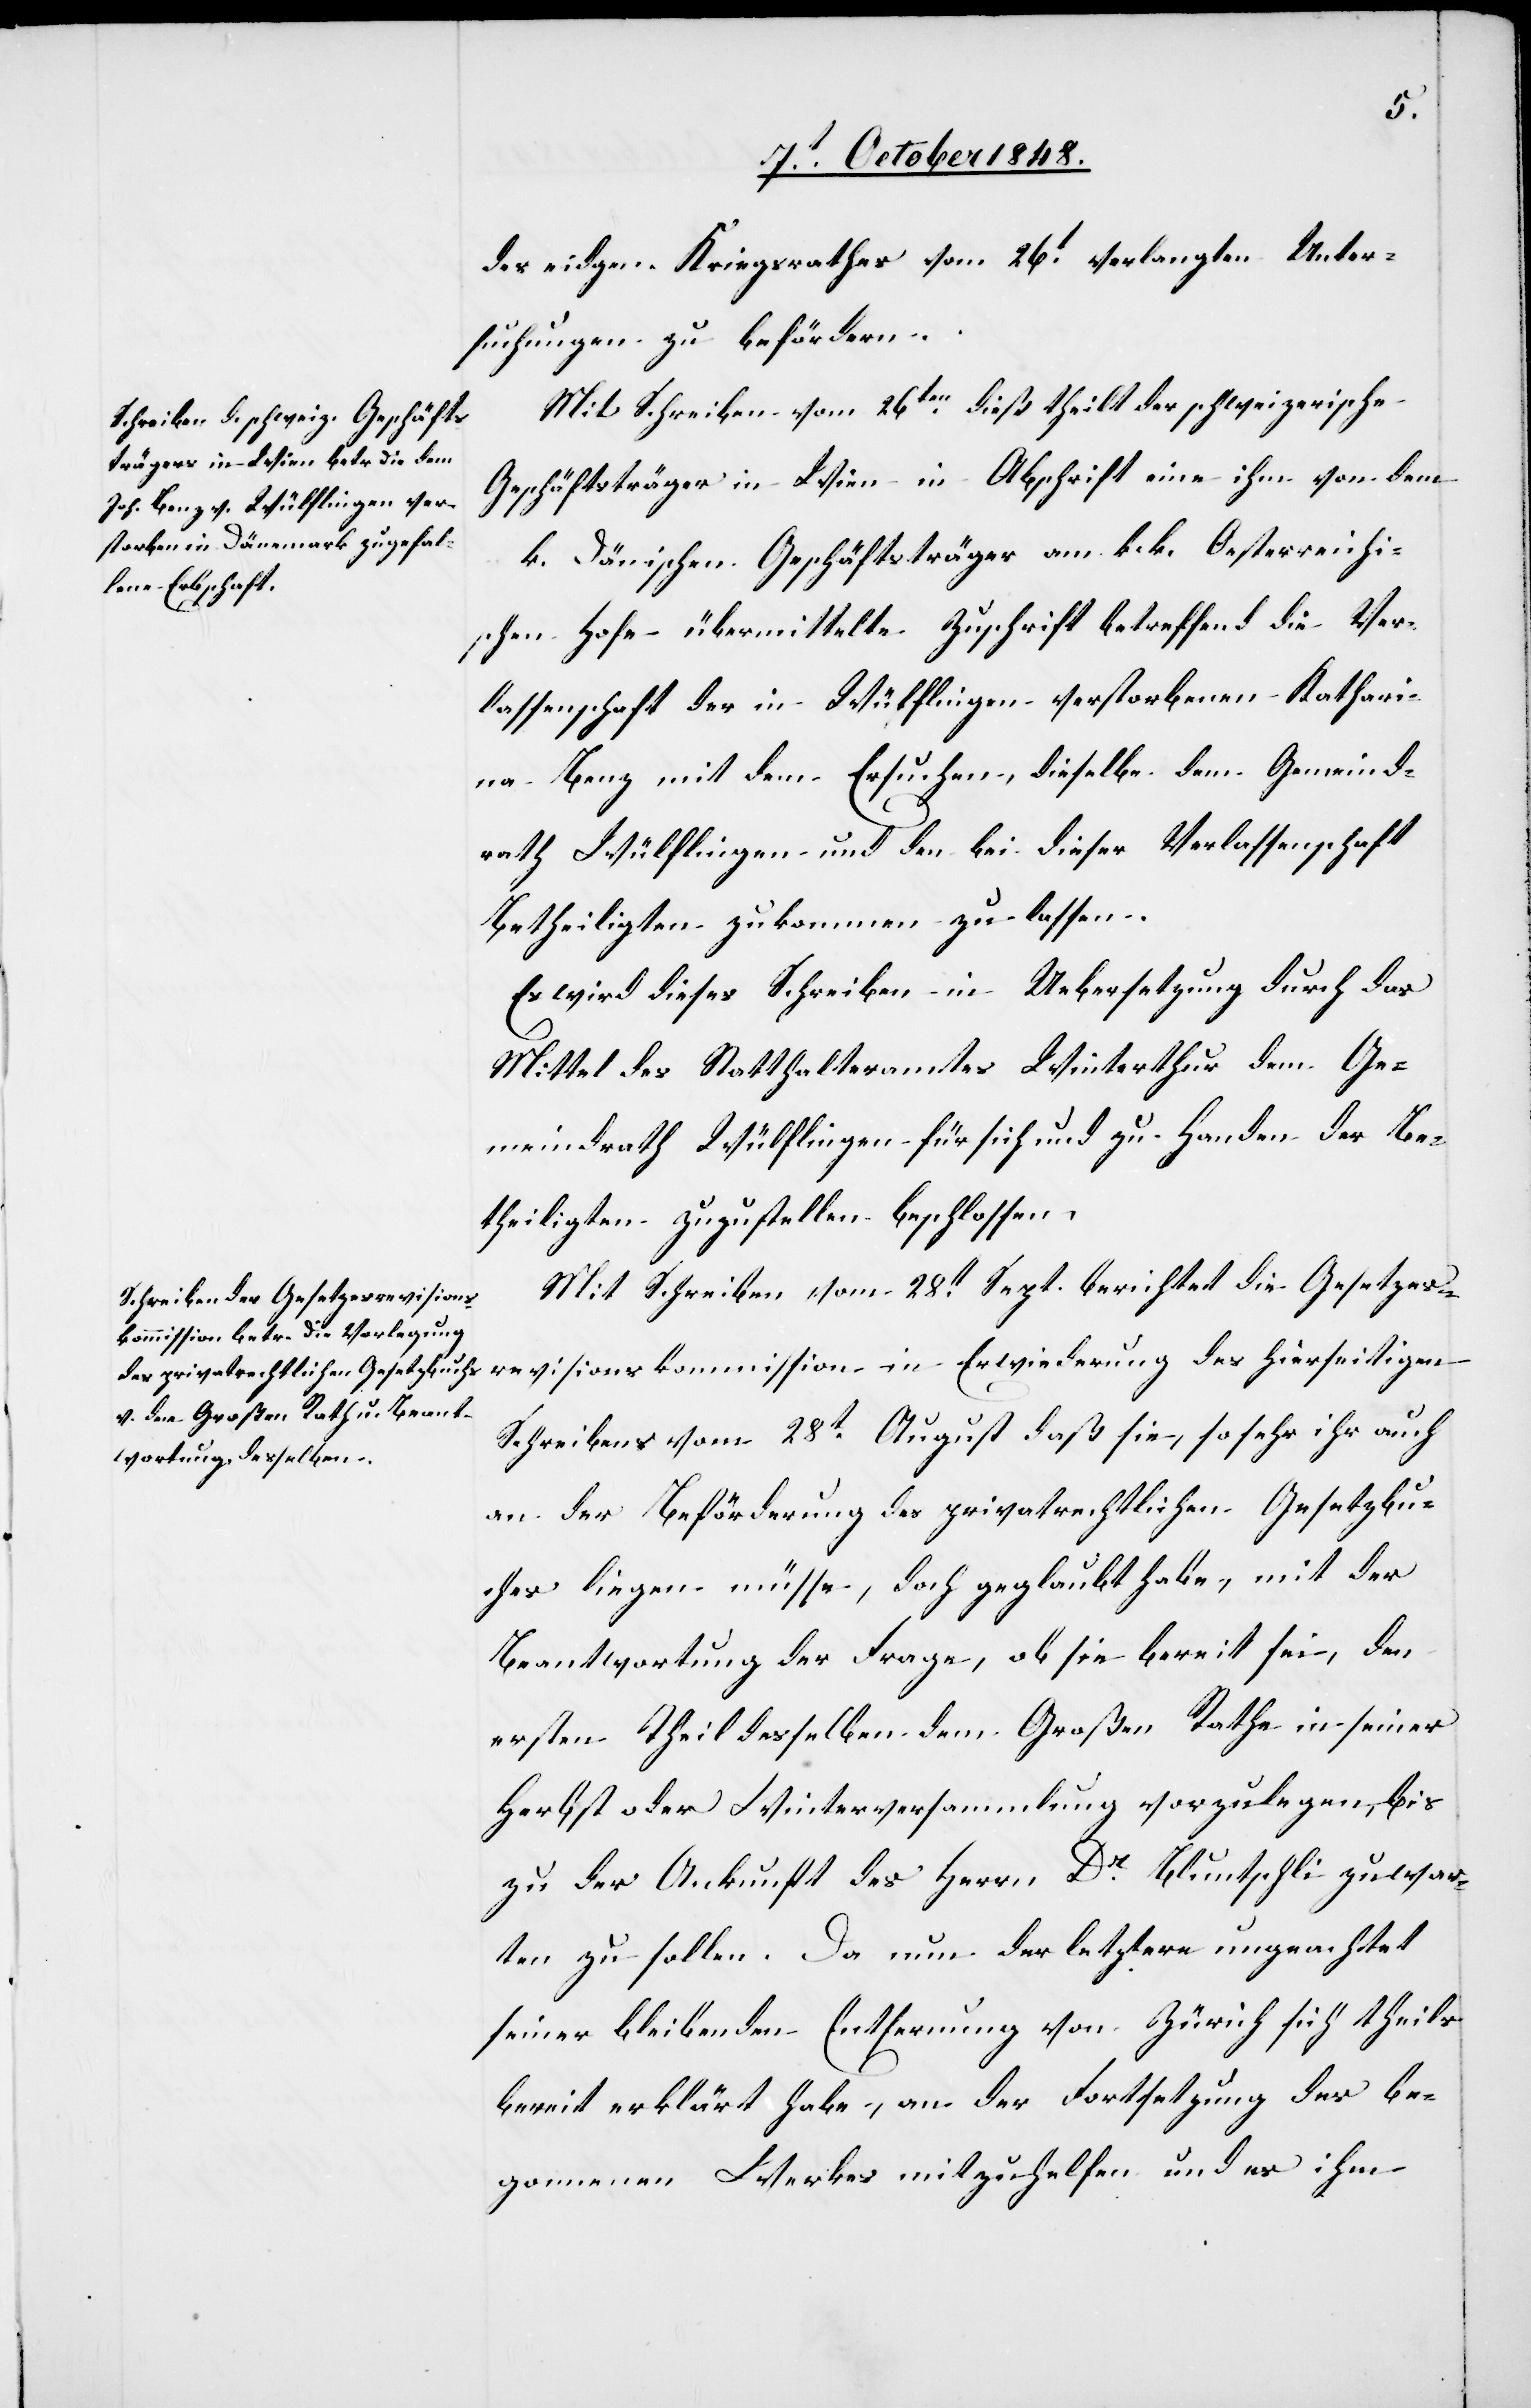
des eidgen. Kriegsrathes vom 26t verlangten Unter¬
suchungen zu befördern.
Mit Schreiben vom 26ten dieß theilt der schweizerische
Geschäftsträger in Wien in Abschrift eine ihm von dem
k. dänischen Geschäftsträger am k. k. Oesterreichi¬
schen Hofe übermittelte Zuschrift betreffend die Ver¬
lassenschaft der in Wülflingen verstorbenen Kathari¬
na Benz mit dem Ersuchen, dieselbe dem Gemeind¬
rath Wülflingen und den bei dieser Verlassenschaft
Betheiligten zukommen zu lassen.
Es wird dieses Schreiben in Uebersetzung durch das
Mittel des Statthalteramtes Winterthur dem Ge¬
meindrath Wülflingen für sich und zu Handen der Be¬
theiligten zuzustellen beschlossen.
Mit Schreiben vom 28t Sept. berichtet die Gesetzes¬
revisionskommission in Erwiederung des hierseitigen
Schreibens vom 28t August daß sie, so sehr ihr auch
an der Beförderung des privatrechtlichen Gesetzbu¬
ches liegen müsse, doch geglaubt habe, mit der
Beantwortung der Frage, ob sie bereit sei, den
ersten Theil desselben dem Großen Rathe in seiner
Herbst oder Winterversammlung vorzulegen, bis
zu der Ankunft des Herrn Dr. Bluntschli zuwar¬
ten zu sollen. Da nun der letztere ungeachtet
seiner bleibenden Entfernung von Zürich sich theils
bereit erklärt habe, an der Fortsetzung des be¬
gonnenen Werkes mitzuhelfen und es ihm